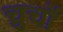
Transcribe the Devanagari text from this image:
च्रुचों